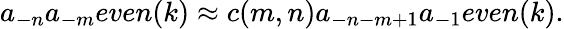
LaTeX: a_{-n}a_{-m}even(k)\approx c(m,n)a_{-n-m+1}a_{-1}even(k).